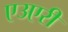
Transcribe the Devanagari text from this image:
एउएरी